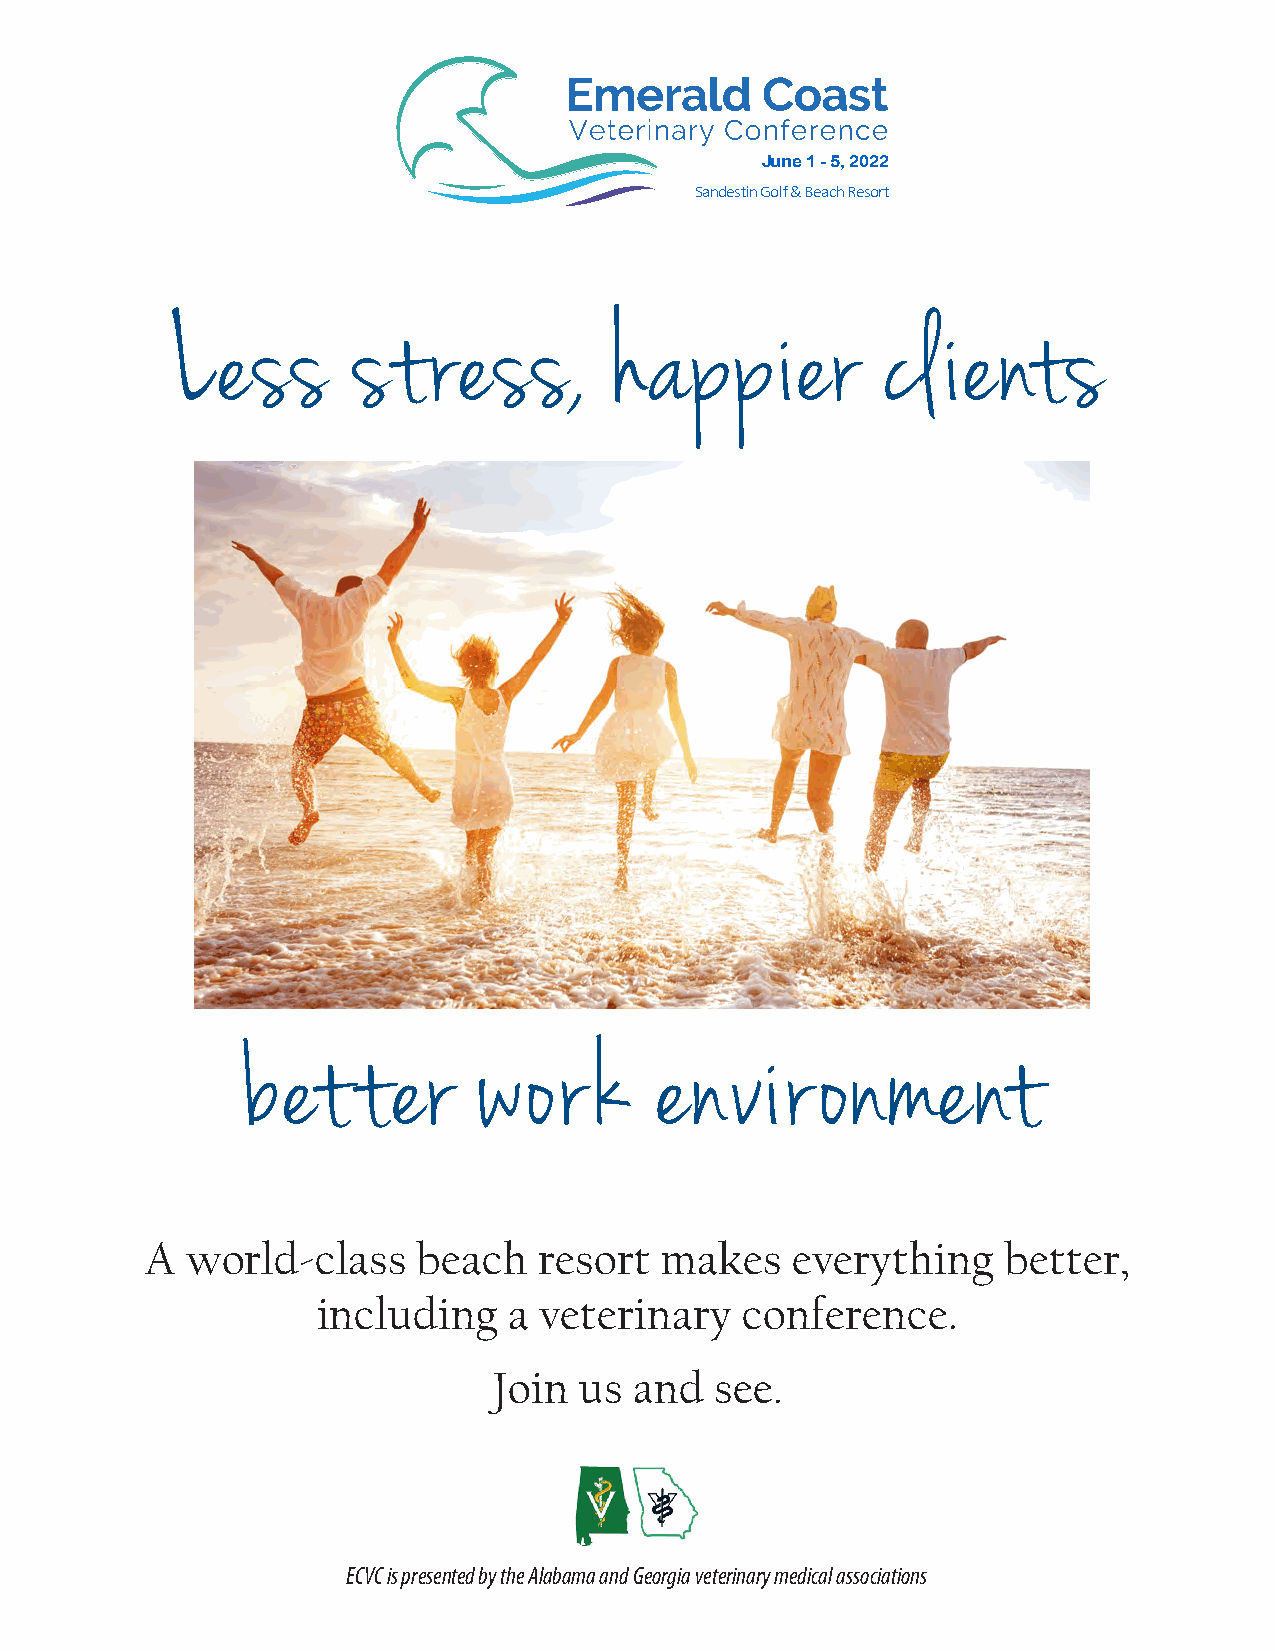
June 1 - 5, 2022
 Sandestin Golf & Beach Resort
 Less        stress,           happier           cl  ients
 better          work      environment
 A world-class     beach   resort  makes   everything     better,
 including    a veterinary   conference.
 Join us  and  see.
 ECVC is presented by the Alabama and Georgia veterinary medical associations